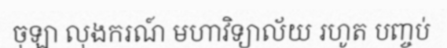
ចុឡា លុងករណ៍ មហាវិទ្យាល័យ រហូត បញ្ចប់